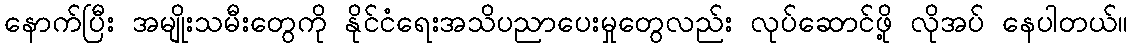
နောက်ပြီး အမျိုးသမီးတွေကို နိုင်ငံရေးအသိပညာပေးမှုတွေလည်း လုပ်ဆောင်ဖို့ လိုအပ် နေပါတယ်။